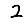
Digit: 2